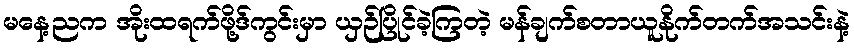
မနေ့ညက အိုးထရက်ဖို့ဒ်ကွင်းမှာ ယှဉ်ပြိုင်ခဲ့ကြတဲ့ မန်ချက်စတာယူနိုက်တက်အသင်းနဲ့